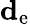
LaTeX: \mathbf{d}_{\mathrm{{e}}}